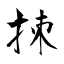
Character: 拺